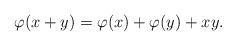
LaTeX: \begin{align*}\varphi(x+y)=\varphi(x)+\varphi(y)+xy.\end{align*}